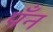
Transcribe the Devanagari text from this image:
पँन